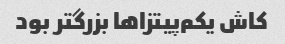
کاش یکم‌پیتزاها بزرگتر بود